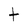
Character: t